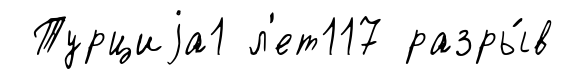
Турциjа1 л'ет117 разры́в